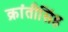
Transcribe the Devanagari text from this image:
क्रांतीसिंह